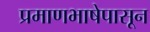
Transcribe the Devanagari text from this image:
प्रमाणभाषेपासून